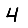
Digit: 4